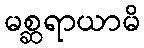
မစ္ဆရာယာမိ